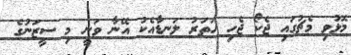
މޮޅުވި މެޗުގައި ޖެކޯ ޖެހި ހަތަރު ލަނޑާއެކު އޭނާ ވަނީ މި ސީޒަނުގެ